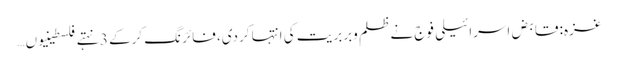
غزہ: قابض اسرائیلی فوج نے ظلم وبربریت کی انتہا کردی، فائرنگ کرکے 3 نہتے فلسطینیوں …